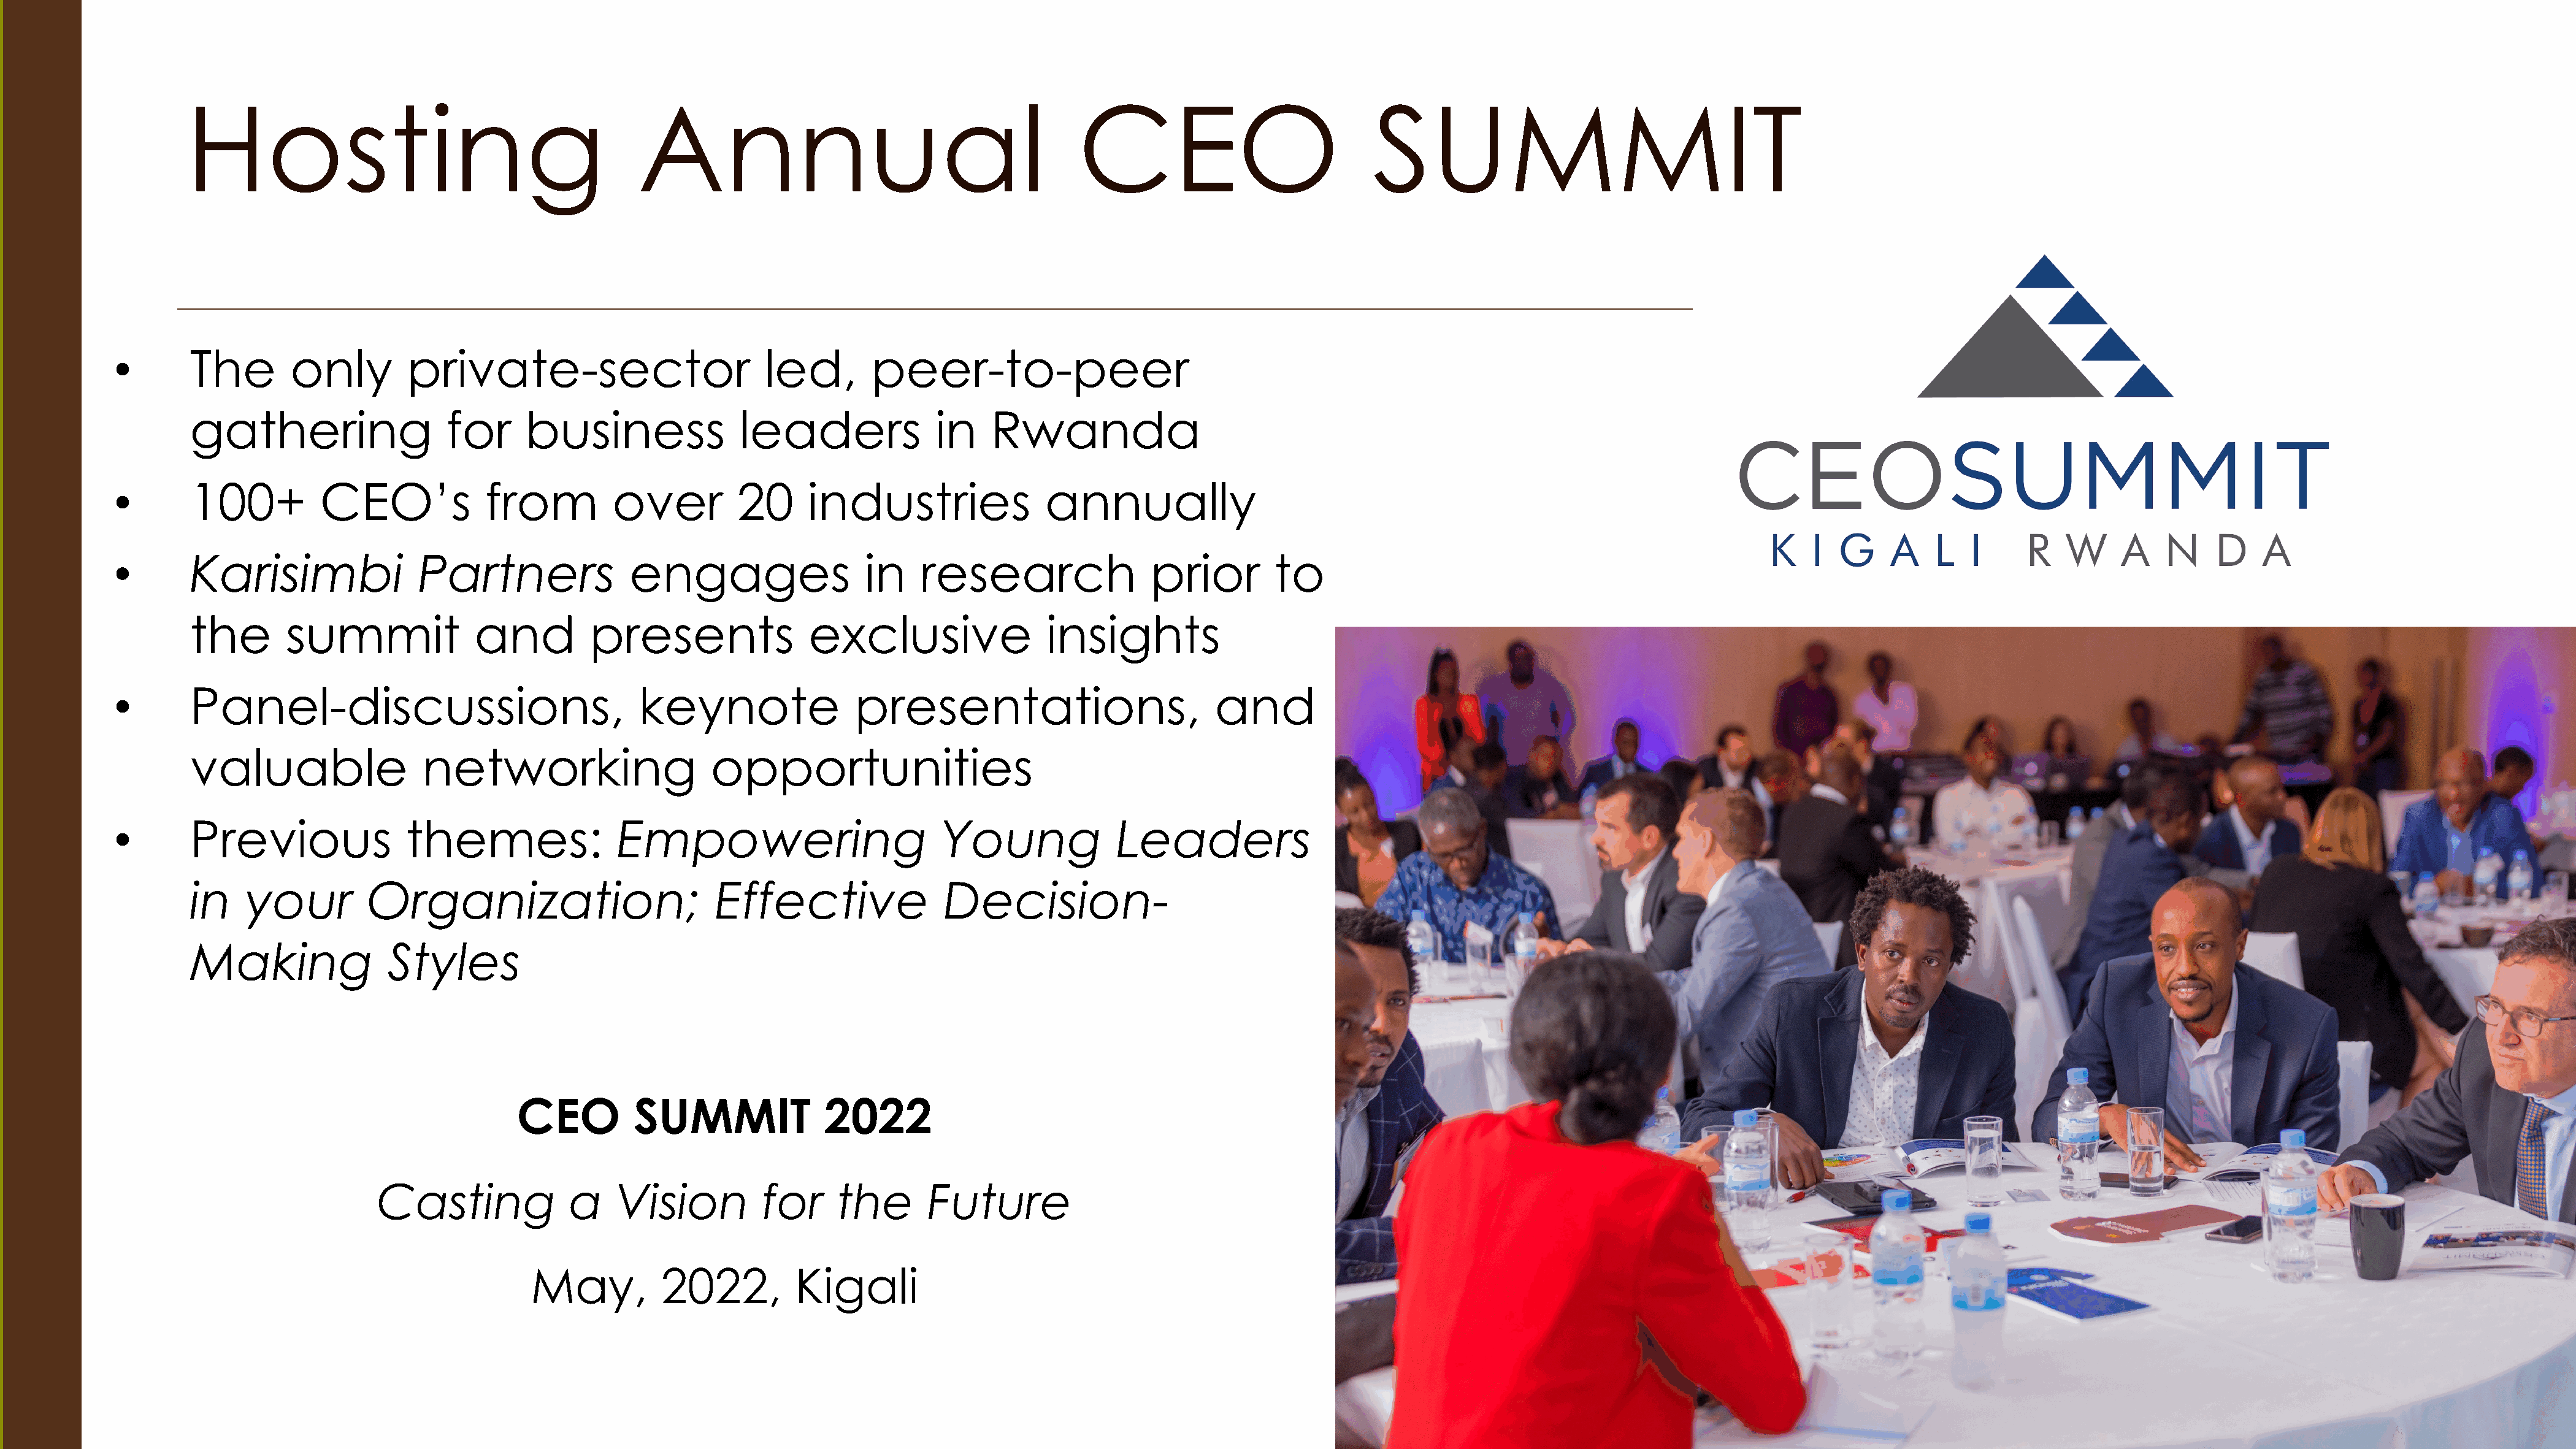
Hosting                                          Annual                                         CEO                             SUMMIT
 •        The       only         private-sector                         led,       peer-to-peer
 gathering                  for      business               leaders              in    Rwanda
 •        100+          CEO’s            from          over          20     industries                annually
 •        Karisimbi               Partners               engages                  in    research                 prior         to
 the       summit              and          presents               exclusive                 insights
 •        Panel-discussions,                              keynote                presentations,                         and
 valuable                 networking                     opportunities
 •        Previous               themes:                Empowering                         Young             Leaders
 in    your         Organization;                        Effective                Decision-
 Making               Styles
 CEO         SUMMIT               2022
 Casting             a    Vision          for     the       Future
 May,          2022,          Kigali